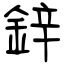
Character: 鋅